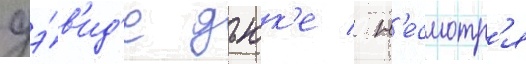
дэ́в'ид'е дьюк'е / н'есмотр'я